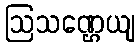
ဩသဏ္ဌေယျ